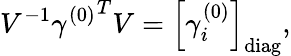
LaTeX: V^{-1}{\gamma^{(0)}}^{T}V=\left[\gamma_{i}^{(0)}\right]_{\mathrm{diag}},